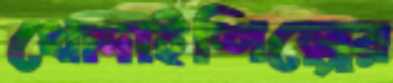
খোদাইশিল্পের